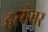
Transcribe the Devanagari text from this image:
हत्येवर